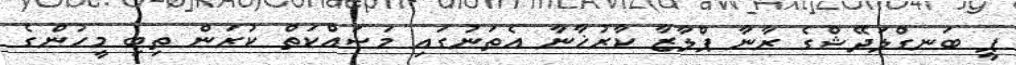
ޕީ ބަނގްލަދޭޝްގެ ރާނާ ޕްލާޒާ ކާރުޚާނާ އެތަނުގައި މަސައްކަތް ކުރަން ތިބި މީހުންގެ